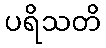
ပရိသတိ